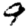
Digit: 9